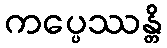
ကပ္ပေဿန္တိ